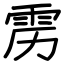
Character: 雳